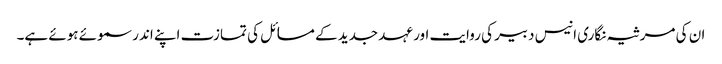
ان کی مرثیہ نگاری انیس دبیر کی روایت اور عہد جدید کے مسائل کی تمازت اپنے اندر سموئے ہوئے ہے۔